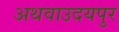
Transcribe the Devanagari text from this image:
अथवाउदयपुर